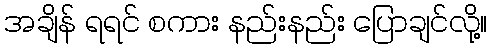
အချိန် ရရင် စကား နည်းနည်း ပြောချင်လို့။